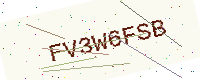
Text: FV3W6FSB